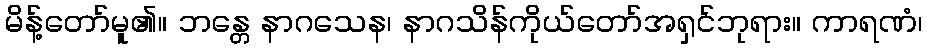
မိန့်တော်မူ၏။ ဘန္တေ နာဂသေန၊ နာဂသိန်ကိုယ်တော်အရှင်ဘုရား။ ကာရဏံ၊